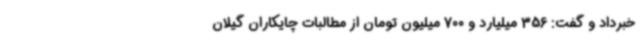
خبرداد و گفت: 356 میلیارد و 700 میلیون تومان از مطالبات چایکاران گیلان